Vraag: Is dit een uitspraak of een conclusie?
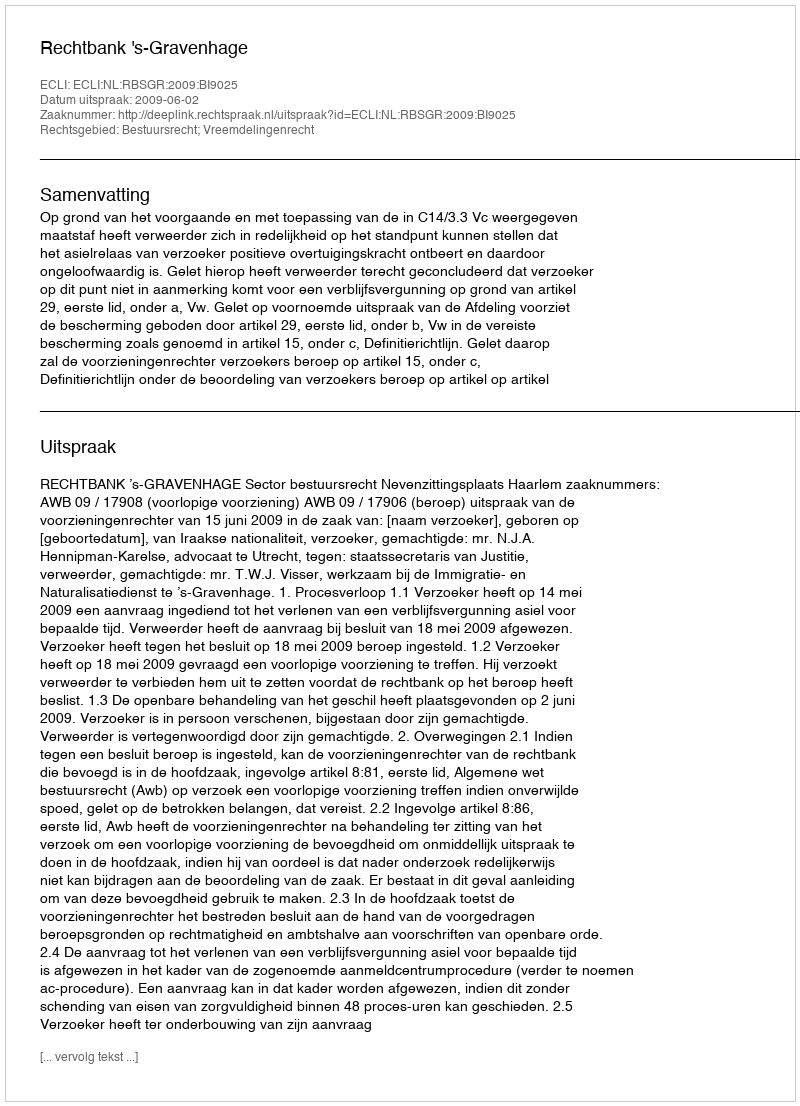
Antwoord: Uitspraak